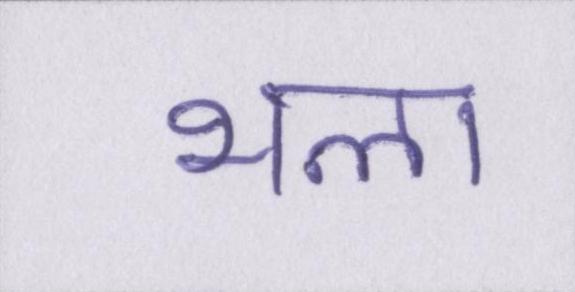
भला